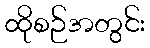
ထိုစဉ်အတွင်း